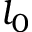
l _ { 0 }